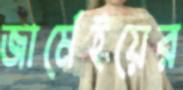
জার্মেইয়ের